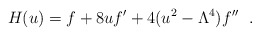
\begin{align*}H(u)= f+8uf'+4(u^2-\Lambda^4)f''\ \ .\end{align*}